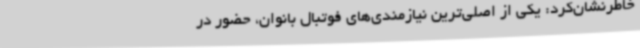
خاطرنشان‌کرد: یکی از اصلی‌ترین نیازمندی‌های فوتبال بانوان، حضور در